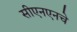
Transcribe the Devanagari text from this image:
सीएनएनचे